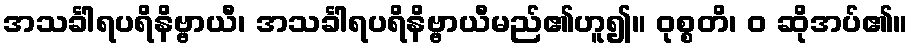
အသင်္ခါရပရိနိဗ္ဗာယီ၊ အသင်္ခါရပရိနိဗ္ဗာယီမည်၏ဟူ၍။ ဝုစ္စတိ၊ ဝ ဆိုအပ်၏။